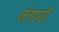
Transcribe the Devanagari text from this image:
मंगायीं